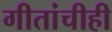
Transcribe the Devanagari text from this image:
गीतांचीही